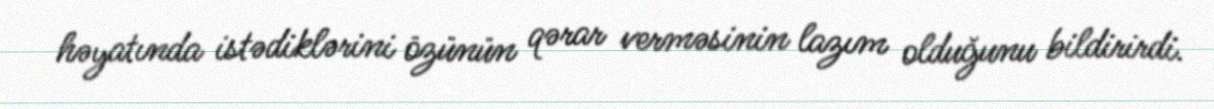
həyatında istədiklərini özünün qərar verməsinin lazım olduğunu bildirirdi.